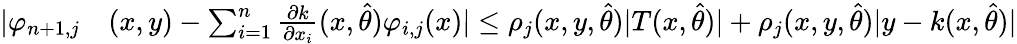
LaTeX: \begin{array}{rl}{\vert\varphi_{n+1,j}}&{(x,y)-\sum_{i=1}^{n}\frac{\partial k}{\partial x_{i}}(x,\hat{\theta})\varphi_{i,j}(x)\vert\leq\rho_{j}(x,y,\hat{\theta})\vert T(x,\hat{\theta})\vert+\rho_{j}(x,y,\hat{\theta})\vert y-k(x,\hat{\theta})\vert}\end{array}